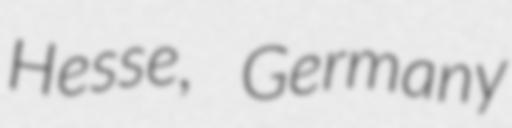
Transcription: Hesse, Germany